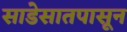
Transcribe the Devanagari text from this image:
साडेसातपासून